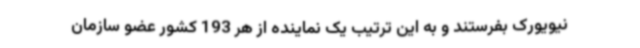
نیویورک بفرستند و به این ترتیب یک نماینده از هر 193 کشور عضو سازمان